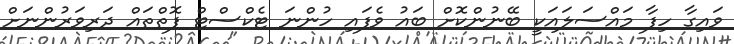
ވައިގާ ހިފާ މައްސަލައަކީ ބޭނުންކޮށް ބައު ވެފައި ހުންނަ ޓެކްސްޓް ފޮތްތައް ދަރިވަރުންނަށް